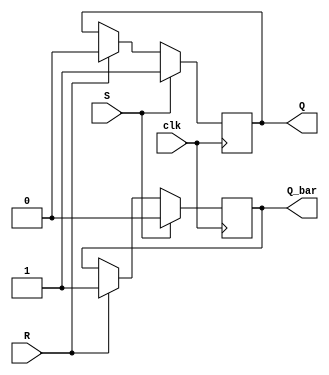
module SR_FF(
    input S,
    input R,
    input clk,
    output reg Q,
    output reg Q_bar
);

always @(posedge clk) begin
    if (S) begin
        Q <= 1'b1;
        Q_bar <= 1'b0;
    end else if (R) begin
        Q <= 1'b0;
        Q_bar <= 1'b1;
    end
end

endmodule